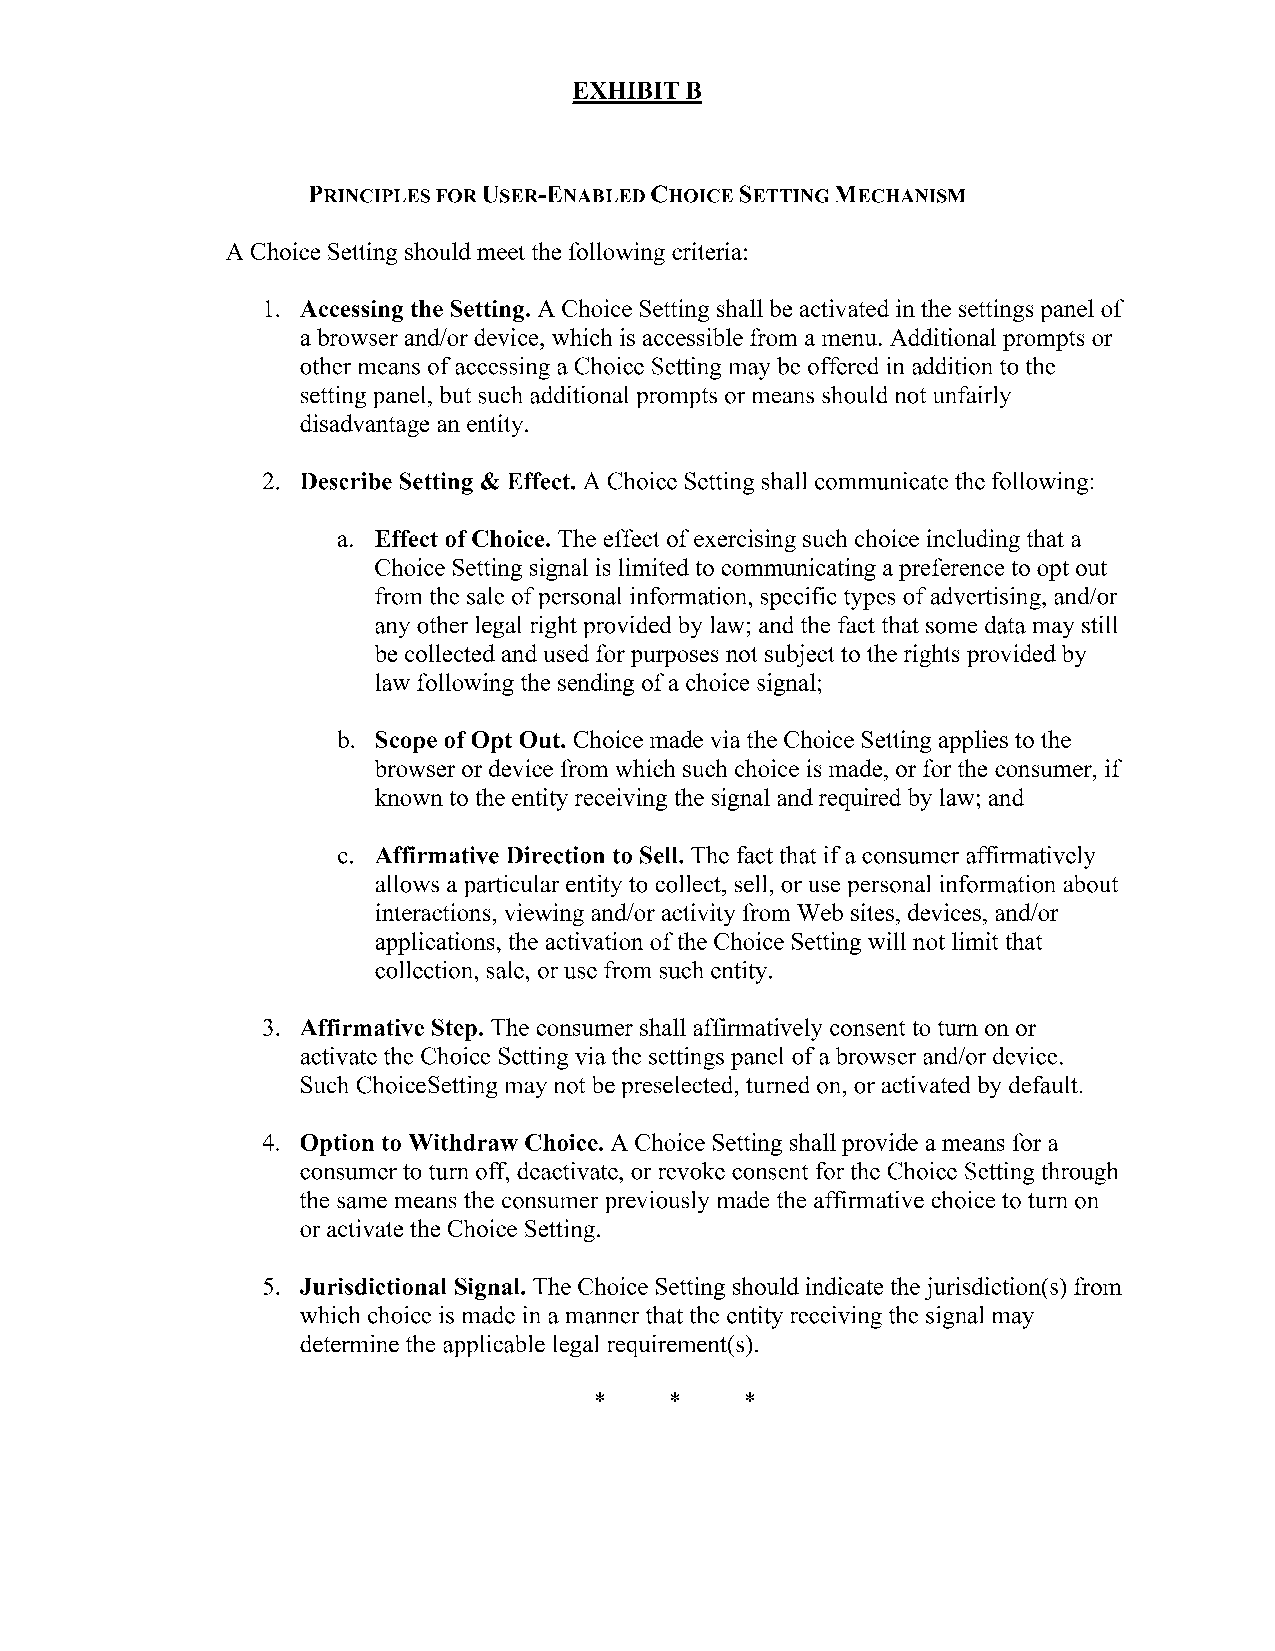
EXHIBITB
 PRINCIPLES FOR USER-ENABLED CHOICE SETTING MECHANISM
 A Choice Setting should meet the following criteria:
 1. Accessing the Setting. A Choice Setting shall be activated in the settings panel of
 a browser and/or device, which is accessible from a menu. Additional prompts or
 other means of accessing a Choice Setting may be offered in addition to the
 setting panel, but such additional prompts or means should not unfairly
 disadvantage an entity.
 2. Describe Setting & Effect. A Choice Setting shall communicate the following:
 a. Effect of Choice. The effect of exercising such choice including that a
 Choice Setting signal is limited to communicating a preference to opt out
 from the sale of personal information, specific types of advertising, and/or
 any other legal right provided by law; and the fact that some data may still
 be collected and used for purposes not subject to the rights provided by
 law following the sending of a choice signal;
 b. Scope of Opt Out. Choice made via the Choice Setting applies to the
 browser or device from which such choice is made, or for the consumer, if
 known to the entity receiving the signal and required by law; and
 c. Affirmative Direction to Sell. The fact that if a consumer affirmatively
 allows a particular entity to collect, sell, or use personal information about
 interactions, viewing and/or activity from Web sites, devices, and/or
 applications, the activation ofthe Choice Setting will not limit that
 collection, sale, or use from such entity.
 3. Affirmative Step. The consumer shall affirmatively consent to turn on or
 activate the Choice Setting via the settings panel of a browser and/or device.
 Such ChoiceSetting may not be preselected, turned on, or activated by default.
 4. Option to Withdraw Choice. A Choice Setting shall provide a means for a
 consumer to tum off, deactivate, or revoke consent for the Choice Setting through
 the same means the consumer previously made the affirmative choice to turn on
 or activate the Choice Setting.
 5. Jurisdictional Signal. The Choice Setting should indicate the jurisdiction(s) from
 which choice is made in a manner that the entity receiving the signal may
 determine the applicable legal requirement(s).
 *    *    *